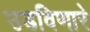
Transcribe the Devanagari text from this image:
उडविणारे